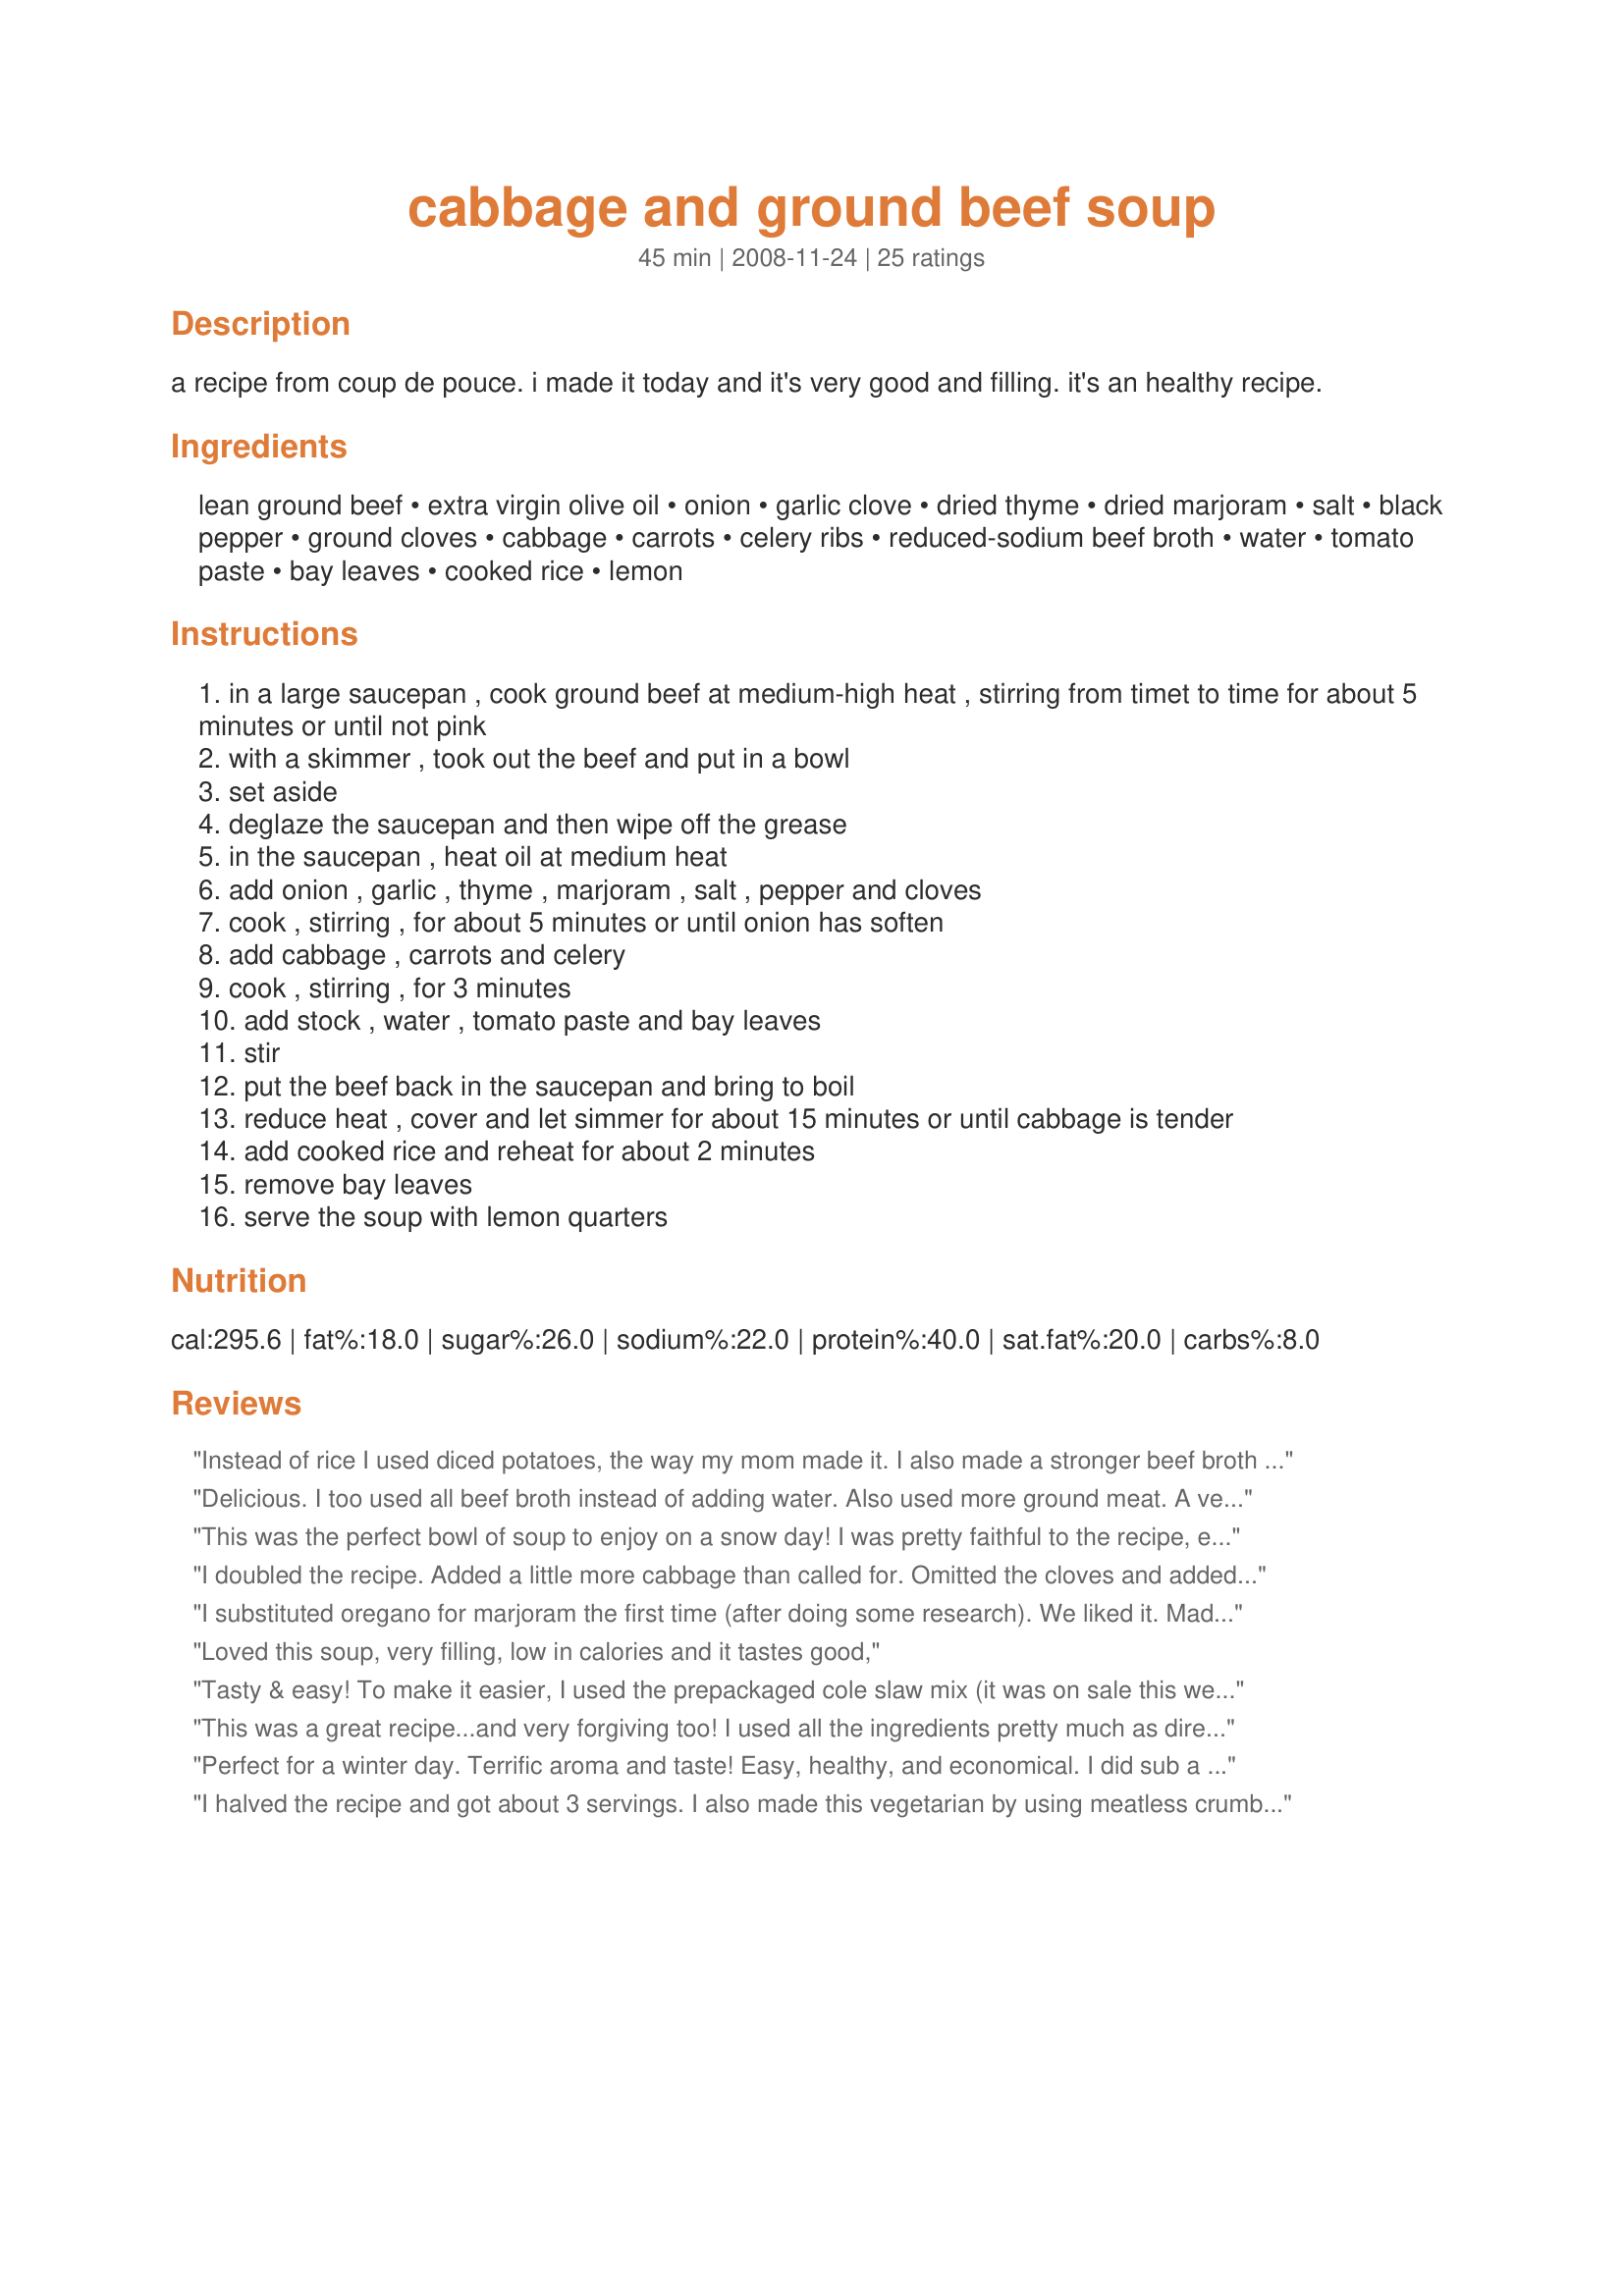
cabbage and ground beef soup
Preparation time: 45 minutes

a recipe from coup de pouce. i made it today and it's very good and filling. it's an healthy recipe.

Ingredients:
lean ground beef, extra virgin olive oil, onion, garlic clove, dried thyme, dried marjoram, salt, black pepper, ground cloves, cabbage, carrots, celery ribs, reduced-sodium beef broth, water, tomato paste, bay leaves, cooked rice, lemon

Steps:
in a large saucepan , cook ground beef at medium-high heat , stirring from timet to time for about 5 minutes or until not pink
with a skimmer , took out the beef and put in a bowl
set aside
deglaze the saucepan and then wipe off the grease
in the saucepan , heat oil at medium heat
add onion , garlic , thyme , marjoram , salt , pepper and cloves
cook , stirring , for about 5 minutes or until onion has soften
add cabbage , carrots and celery
cook , stirring , for 3 minutes
add stock , water , tomato paste and bay leaves
stir
put the beef back in the saucepan and bring to boil
reduce heat , cover and let simmer for about 15 minutes or until cabbage is tender
add cooked rice and reheat for about 2 minutes
remove bay leaves
serve the soup with lemon quarters

Reviews:
Instead of rice I used diced potatoes, the way my mom made it. I also made a stronger beef broth by using Broth making in a jar sold by Sam&#039;s Club. It last a long time and I always get a jar of the beef and the chicken. I like using the diced tomatoes in the soup. If the dice pieces are too large then a swish them up with my hand before going into the pot. This soup has so much flavor. Too bad hubby does not care for soup because this one is fantastic. Sometimes I make it with rice and when I do I also add bell peppers so its like a stuffed pepper soup. I can also divide in half and put the cabbage in only part of the soup. duh...should have thought of that earlier because that is the only thing hubby doesn&#039;t like. I am making this for supper tonight and will divide it up before adding the cabbage. Mine is so chocked full of cabbage it is almost a dish rather than a soup. A++ soup either way you make it. Its easy on the wallet as well.
Delicious. I too used all beef broth instead of adding water. Also used more ground meat. A very hearty and filling soup, great for cold weather. Boomette, thanks for posting.
This was the perfect bowl of soup to enjoy on a snow day! I was pretty faithful to the recipe, except I used a 6 oz. can of tomato paste, and 4 cups of low-sodium beef broth and 2 cups of water. I also did not use the lemon wedges. A bowl of this is quite filling. Thanks for sharing. Made for Please Review My Recipe Tag Game.
I doubled the recipe. Added a little more cabbage than called for. Omitted the cloves and added 5 large cloves of garlic. Had a very good taste! I didn&#039;t add the rice and it was still very good. Adding the rice would have made it a really hearty complete meal. Good fall or winter meal.
I substituted oregano for marjoram the first time (after doing some research). We liked it. Made as directed the second time and we loved it. The lemon wedges really enhance the flavor.
Loved this soup, very filling, low in calories and it tastes good,
Tasty & easy! To make it easier, I used the prepackaged cole slaw mix (it was on sale this week) instead of a chopping a head of cabbage. I also added a tsp of Kosher salt, personal preference, and used at least 2 cups of cooked rice. Yum! Perfect! I love it.
This was a great recipe...and very forgiving too! I used all the ingredients pretty much as directed, except I threw the rice in uncooked and just let it simmer longer. As a result, my soup was more like stew, which we loved, and the flavor was fantastic. Made a nice large batch so guess what we'll be having for dinner tonight?
Perfect for a winter day. Terrific aroma and taste! Easy, healthy, and economical. I did sub a small can of tomato sauce for the tomato paste after finding out that I had no tomato paste but otherwise made as posted. This would be also good with diced tomatoes. Made for Everyday is a Holiday.
I halved the recipe and got about 3 servings. I also made this vegetarian by using meatless crumbles and vegetable broth. Thanks for a hearty soup!
Easy to make and healthy too! I added a can of diced tomatoes with basil and garlic. I love garlic so I added 2 additional cloves. Great Paleo soup recipe!
This is the second time that I have made this, in a 2 week time frame! My kids love it, and it is really easy to make! I doubled the recipe this time, because the first time it didn’t last in my household of 6.
This was really good. I told my kids it has hamburger rice soup because if I mentioned the cabbage, they wouldn't have eaten it. But my 16 year old son went back for seconds. I didn't have tomato paste, so I used 2 cups of tomato juice and 2 cups of canned tomatoes. I added uncooked rice (about 1/3 cup) and let it cook for about 20 minutes right before we ate.
I love cabbage and beef soups and this one is no exception! I found it full of flavor and it has everything I love in it. I replaced the 3 cups of water with 3 cups of additional beef broth. I loved the addition of cooked rice; I used brown rice. Thanks for sharing!
Wonderful!!!! All I had was ground deer meat so I used that, and I used the whole 6 oz can of tomato paste. I added another cup of water, 1 beef bouillon cube and 1/2 cup of uncooked rice and cooked it in the pot with the soup. It is not a very brothy soup, but so delicious and tasty - this is a keeper and cannot wait to share this with my extended family! We are always looking for new soups and this one will become a regular. Thanks so much!
Super good! There was not much broth just in case you are looking for a "brothy" soup. It needs a little bit more flavor. I can't think of what could be added but I would definitely make it again. Great ingredients. Do not be scared of the cloves, nice addition.
I really enjoyed this soup. I used some cooked wild rice that I had in the freezer and V-8 juice instead of the water. I also used coleslaw mix instead of chopping the cabbage.
This soup was perfect for me during a bad time with a cold. Was craving something warm and comforting and this soup did the trick. LOVE cabbage in my soup and I also bought the packaged cole slaw mix, used ground round, and all beef broth instead of the water. Made instant brown rice and liked the flavor in the soup better then plain white. Boomette thank you for sharing your recipe! Made and reviewed for the Went to the Market recipe tag game.
I totally loved this soup! I knew I would the minute I saw it. I also used some wild rice mix, but it would be great either way. I also threw in a can of stewed tomatoes. I left out the cloves because I'm not a fan of them. Using the V-8 is a great idea, and I will be doing that next time for sure. Made and Reviewed for Zaar Stars - Thanks! :)
My whole family gave this 5 stars. And it is simple to modify to your likeing. My grandmother made something very similar with her dumplings. It was so warm and comforting. I thought we&#039;d never have this again since she passed away, but I am so thankful this is on here. The cloves were a nice addition. I used baby carrots to make it easier for me. I let it simmer for about an hour till the cabbage was nice and tender. This just brings back so many memories. Throw in a can of diced tomatoes or a can of kernel corn... This makes a really good dump and pour recipe as it&#039;s hard to mess it up. And it&#039;s a cheap to make soup as we&#039;ll.
I'm on a diet, and looking for recipes I can make and still fit into my diet.....so I used ground sirloin instead of ground beef to cut fat and calorie count. I was so pleasantly surprised by this recipe....It was delicious! I was able to eat a bowl full of this and still stay within my boundaries!!!! Thanks so much for a delicious, filling recipe. Made for Holiday Tag.
I really enjoyed this...I omitted the rice because of the carb amount...but the rest I kept the same...like someone else had mentioned there really isn't much broth...but it is very tasty and filling...thanks for posting it...=)
I used 5 cups broth and 1 cup water. The flavor is best the next day.
After I made my typical corn beef and cabbage dinner for St. Pat&#039;s my father (who is very Polish) asked me to make cabbage and hamburger soup. Having never made it, I chose this one on a whim and I&#039;m glad I did. This recipe was so super easy and it really impressed my dad. The only exception I made was instead of using the broth recommended in the recipe I used the stock from the said St. Pat&#039;s meal and that worked out great too. Thanks a lot :) I&#039;ll definitely be using it again.
Boomie, This is just great. I made it exactly as writted except that I used a carton of beef broth and water to make up 6 cups of liquid. I used brown rice. Very filling, full of vegetables and economical meal.
